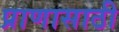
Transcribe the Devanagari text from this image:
प्राणासाठी